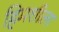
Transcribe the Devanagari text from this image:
हिमशीला